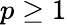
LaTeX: p\ge 1